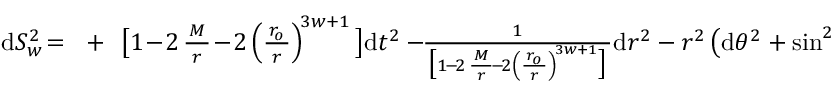
\begin{array} { r } { \begin{array} { r c l } { \displaystyle \mathrm { d } S _ { w } ^ { 2 } \! = \! } & { + } & { \! \! \big [ 1 \! - \! 2 \, \frac { \, M \, } { r } \! - \! 2 \left( \frac { \, r _ { \! o } ^ { } \, } { r } \right) ^ { \! 3 w + 1 } \big ] \mathrm { d } t ^ { 2 } - \! \! \frac { 1 } { \, \big [ 1 \! - \! 2 \, \frac { \, M \, } { r } \! - \! 2 \left( \frac { \, r _ { \! o } ^ { } \, } { r } \right) ^ { \! 3 w + 1 } \big ] \, } \mathrm { d } r ^ { 2 } - r ^ { 2 } \left( \mathrm { d } \theta ^ { 2 } + \sin ^ { 2 } \theta \, \mathrm { d } \varphi ^ { 2 } \right) , ~ ~ ~ } \end{array} } \end{array}